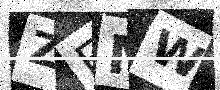
Text: ZEMW